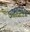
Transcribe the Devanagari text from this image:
उष्मारोधक